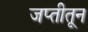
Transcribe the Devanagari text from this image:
जप्तीतून